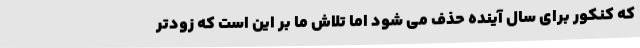
که کنکور برای سال آینده حذف می شود اما تلاش ما بر این است که زودتر